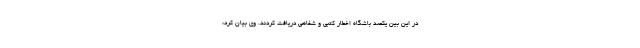
در این بین یکصد باشگاه اخطار کتبی و شفاهی دریافت کردند. وی بیان کرد: